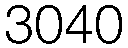
3040